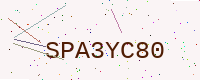
Text: SPA3YC80